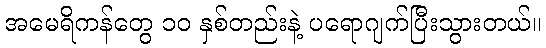
အမေရိကန်တွေ ၁၀ နှစ်တည်းနဲ့ ပရောဂျက်ပြီးသွားတယ်။